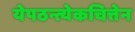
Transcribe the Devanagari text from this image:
येपठन्त्येकचित्तेन